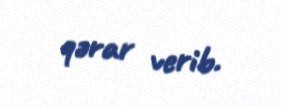
qərar verib.